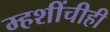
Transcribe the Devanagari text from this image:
म्हशींचीही